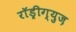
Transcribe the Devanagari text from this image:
राॅड्रीग्युज़